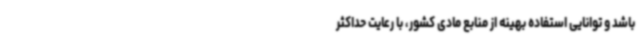
باشد و توانایی استفاده بهینه از منابع مادی کشور، با رعایت حداکثر